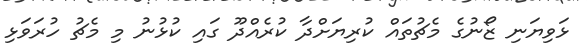
ޅަވިޔަނި ޒޯނުގެ މެޗުތައް ކުރިޔަށްދާ ކުރެއްދޫ ގައި ކުޅުނު މި މެޗު ހުރަވަޅި